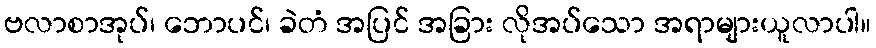
ဗလာစာအုပ်၊ ဘောပင်၊ ခဲတံ အပြင် အခြား လိုအပ်သော အရာများယူလာပါ။